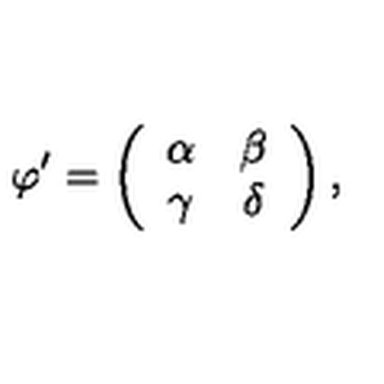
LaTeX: \varphi ^ { \prime } = \left( \begin{array} { c c } { \alpha } & { \beta } \\ { \gamma } & { \delta } \\ \end{array} \right) ,